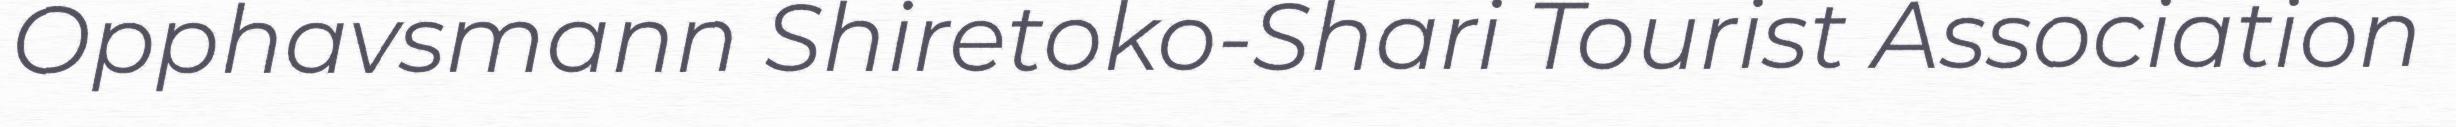
Opphavsmann Shiretoko-Shari Tourist Association